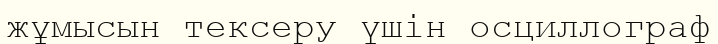
жұмысын тексеру үшін осциллограф